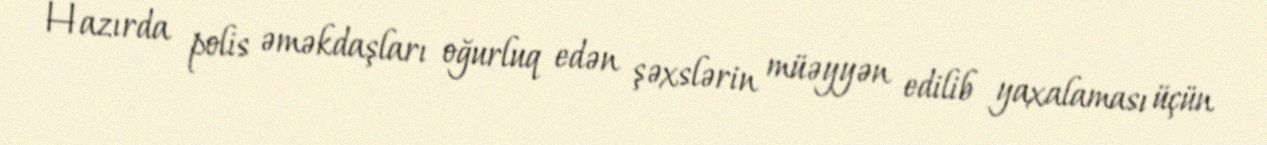
Hazırda polis əməkdaşları oğurluq edən şəxslərin müəyyən edilib yaxalaması üçün